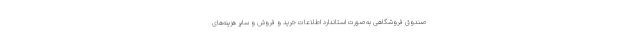
صندوق فروشگاهی به‌صورت استاندارد اطلاعات خرید و فروش و سایر هزینه‌های